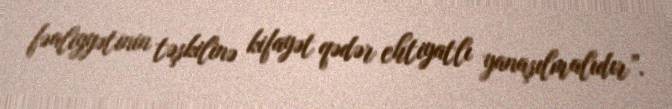
fəaliyyətinin təşkilinə kifayət qədər ehtiyatlı yanaşılmalıdır”.